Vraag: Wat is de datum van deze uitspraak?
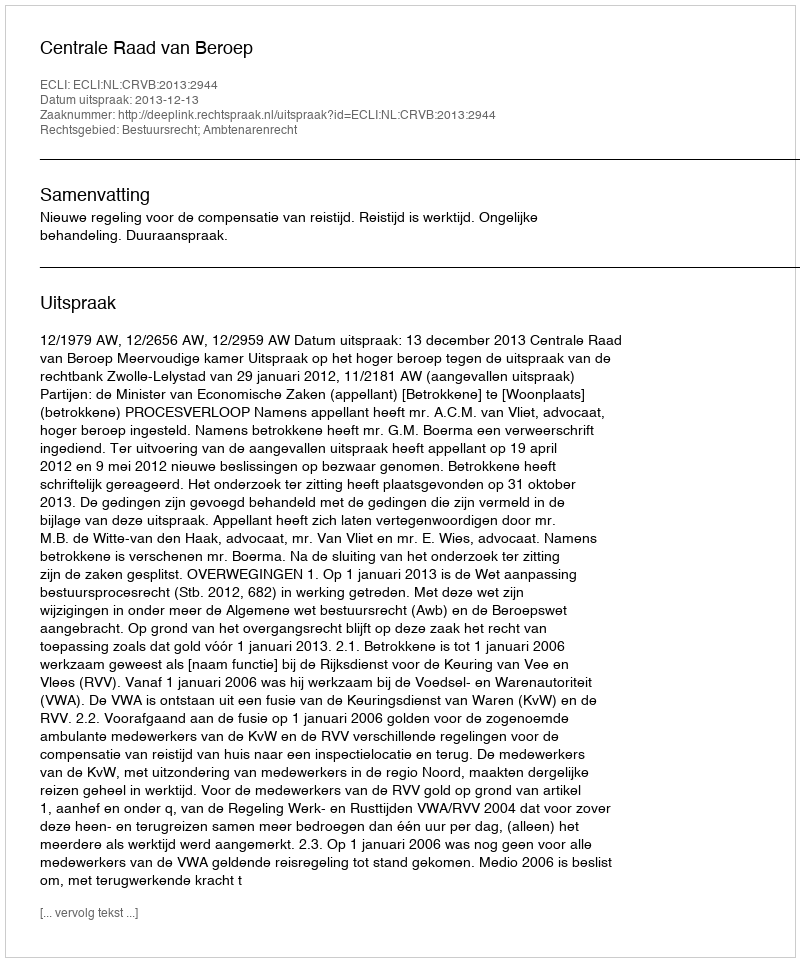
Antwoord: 2013-12-13